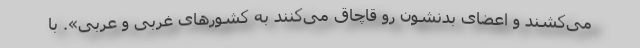
می‌کشند و اعضای بدنشون رو قاچاق می‌کنند به کشورهای غربی و عربی». با